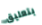
بتعليق